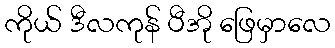
ကိုယ် ဒီလကုန် ပီအို ဖြေမှာလေ